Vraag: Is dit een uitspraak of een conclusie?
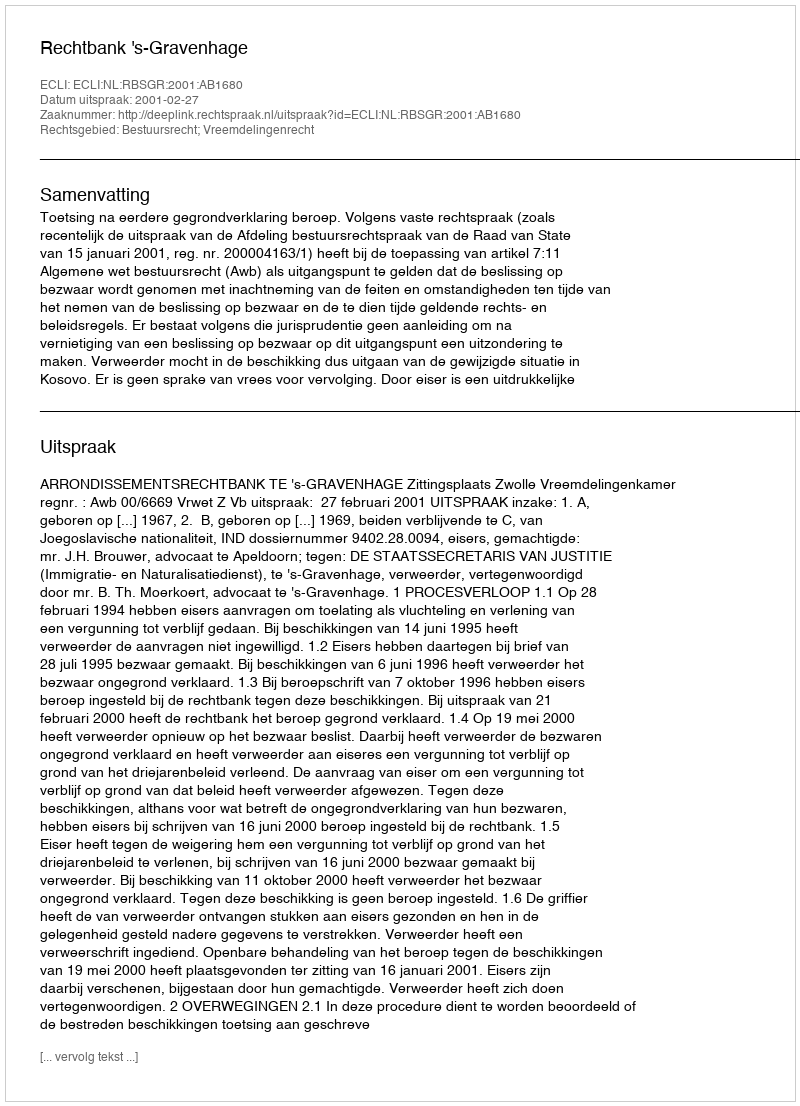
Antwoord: Uitspraak